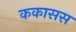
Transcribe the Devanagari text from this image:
ककासस